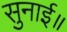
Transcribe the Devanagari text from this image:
सुनाई॥